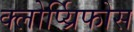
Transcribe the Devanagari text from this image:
क्लोर्प्य्रिफोस